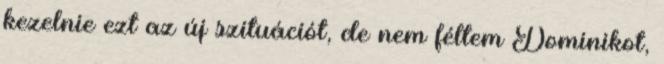
kezelnie ezt az új szituációt, de nem féltem Dominikot,